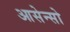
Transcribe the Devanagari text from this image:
आसेन्सो